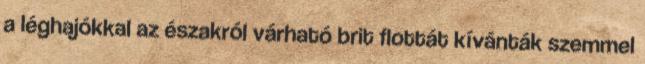
a léghajókkal az északról várható brit flottát kívánták szemmel